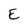
Character: E